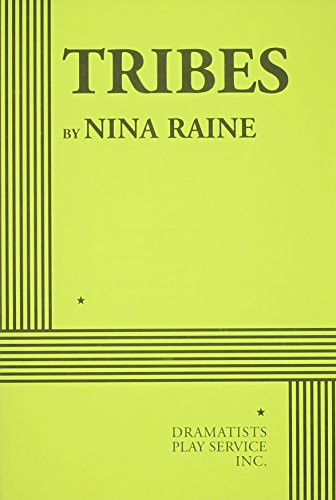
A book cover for Tribes; Nina Raine; Literature & Fiction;